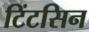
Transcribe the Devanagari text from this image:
टिंटसिन